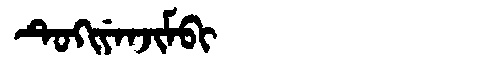
Manchu: ᡨᡠᡴᡳᠶᡝᠨᠵᡳᠮᠪᡳ
Romanization: TUKIYENJIMBI